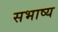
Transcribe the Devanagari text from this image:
सभाष्य